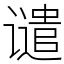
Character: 谴